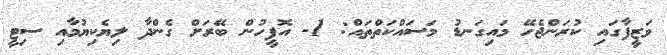
ވަޒީފާގައި ކުރަންޖެހޭ މައިގަނޑު މަސައްކަތްތައް: 1- އޮފީހުން ބޭރަށް ގެންދާ ލިޔެކިޔުމާއި ސިޓީ